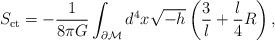
LaTeX: \begin{align*}S_{\rm ct}=-\frac{1}{8\pi G} \int_{\partial \cal M}d^4x\sqrt{-h}\left(\frac{3}{l}+\frac{l}{4}R\right),\end{align*}